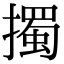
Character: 擉